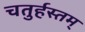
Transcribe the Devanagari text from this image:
चतुर्हस्तम्